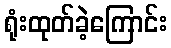
ရုံးထုတ်ခဲ့ကြောင်း